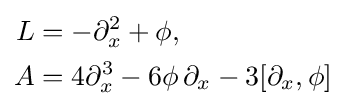
{\begin{aligned}L&=-\partial _{x}^{2}+\phi ,\\A&=4\partial _{x}^{3}-6\phi \,\partial _{x}-3[\partial _{x},\phi ]\end{aligned}}